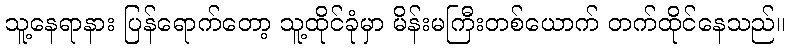
သူ့နေရာနား ပြန်ရောက်တော့ သူ့ထိုင်ခုံမှာ မိန်းမကြီးတစ်ယောက် တက်ထိုင်နေသည်။